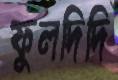
ফুলদিদি